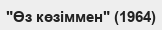
"Өз көзіммен" (1964)